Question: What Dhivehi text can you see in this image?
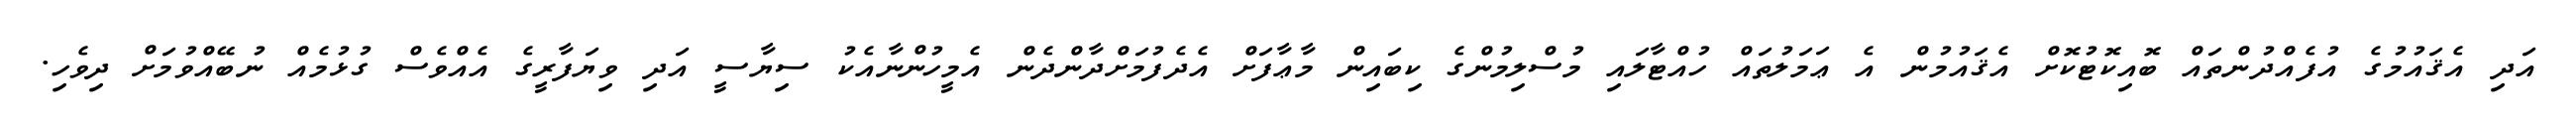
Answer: އަދި އެޤައުމުގެ އުފެއްދުންތައް ބޮއިކޮޓުކޮށް އެޤައުމުން އެ ޢަމަލުތައް ހުއްޓާލައި މުސްލިމުންގެ ކިބައިން މާޢާފަށް އެދެފުމަށްދާންދެން އެމީހުންނާއެކު ސިޔާސީ އަދި ވިޔަފާރީގެ އެއްވެސް ގުޅުމެއް ނުބޭއްވުމަށް ދިވެހި.